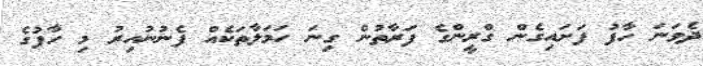
ދެވަނަ ހާފު ފަށައިގެން ގްރީންގެ ފަރާތުން ގިނަ ހަމަލާތަކެއް ފެނުނުއިރު މި ހާފުގެ